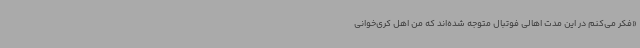
«فکر می‌کنم در این مدت اهالی فوتبال متوجه شده‌اند که من اهل کری‌خوانی